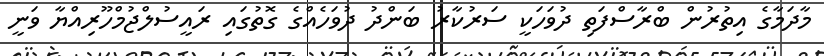
މާދަމާގެ އިތުރުން ބްރާސްފަތި ދުވަހަކީ ސަރުކާރު ބަންދު ދުވަހެއްގެ ގޮތުގައި ރައީސުލްޖުމްހޫރިއްޔާ ވަނީ